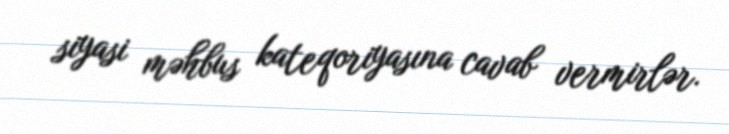
siyasi məhbus kateqoriyasına cavab vermirlər.